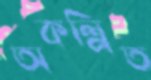
অকল্পিত